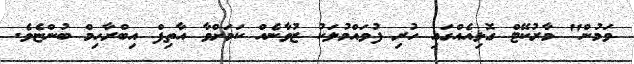
ވަމުން" މާރުކޭޓް ގޮޅިއެއްގައި ހުރި ފުވައްމުލަކު ޒުވާނެއް ކަމަށްވާ އާތިފް އިބްރާހިމް ބުންޏެވެ.